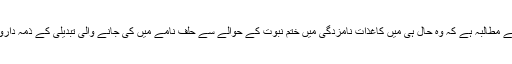
دھرنے میں شامل دونوں مذہبی جماعتوں کا حکومت سے مطالبہ ہے کہ وہ حال ہی میں کاغذاتِ نامزدگی میں ختمِ نبوت کے حوالے سے حلف نامے میں کی جانے والی تبدیلی کے ذمہ داروں کی نشاندہی کرکے انہیں عہدوں سے برطرف کرے۔